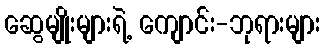
ဆွေမျိုးများရဲ့ ကျောင်း-ဘုရားများ